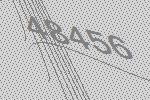
48456